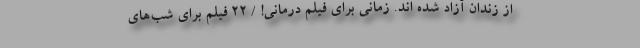
از زندان آزاد شده اند. زمانی برای فیلم درمانی! / 22 فیلم برای شب‌های